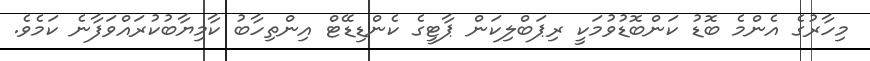
މިހާރުގެ އެންމެ ބޮޑު ކަންބޮޑުވުމަކީ ރިޕަބްލިކަން ޕާޓީގެ ކެންޑިޑޭޓް އިންތިހާބު ކާމިޔާބުކުރައްވަފާނެ ކަމެވެ.